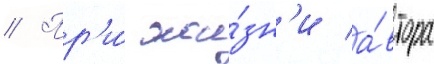
// Пр'и́ жи́зн'и а́втора